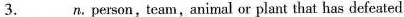
3.___n.Person, team, animal or plant that has defeated